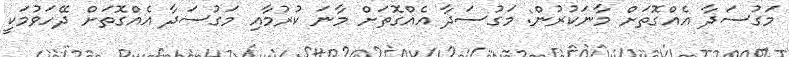
މަގުސަދާ އެއްގޮތަށް މާނަކުރުން: މަގުސަދާ އެއްގޮތަށް މާނަ ކުރުމާއި މަގުސަދާ އެއްގޮތަށް ދޭހަވުމަކީ